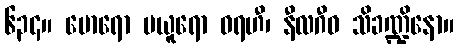
၆၃၄။ မောရော မယူရော ဝရဟီ၊ နီလဂီဝ သိခဏ္ဍိနော။